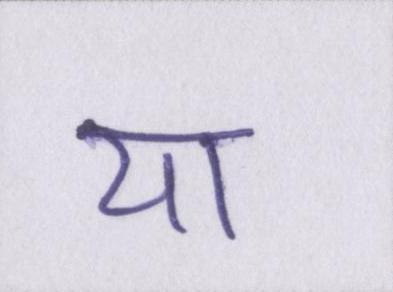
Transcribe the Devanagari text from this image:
या